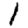
Digit: 1